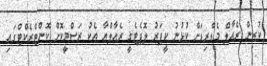
ކުރިން ރެއާލް މެޑްރިޑަށް ކުޅުނު ކީޕަރު ލޮޕެޓެގީ ރެއާލްއާ އެކު ރަސްމީކޮށް ކޮންޓްރެކްޓްގައި